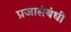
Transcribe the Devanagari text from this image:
प्रजासंबंधी